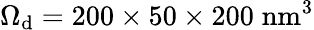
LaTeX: \Omega_{\mathrm{d}}=200\times50\times200\; \mathrm{{nm}}^{3}